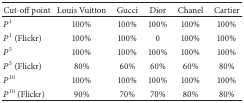
<table><thead><tr><td><b>Cut-off point</b></td><td><b>Louis Vuitton</b></td><td><b>Gucci</b></td><td><b>Dior</b></td><td><b>Chanel</b></td><td><b>Cartier</b></td></tr></thead><tbody><tr><td><i>P</i><sup>1</sup></td><td>100%</td><td>100%</td><td>100%</td><td>100%</td><td>100%</td></tr><tr><td><i>P</i><sup>1</sup> (Flickr)</td><td>100%</td><td>100%</td><td>0</td><td>100%</td><td>100%</td></tr><tr><td><i>P</i><sup>5</sup></td><td>100%</td><td>100%</td><td>100%</td><td>100%</td><td>100%</td></tr><tr><td><i>P</i><sup>5</sup> (Flickr)</td><td>80%</td><td>60%</td><td>60%</td><td>60%</td><td>80%</td></tr><tr><td><i>P</i><sup>10</sup></td><td>100%</td><td>100%</td><td>100%</td><td>100%</td><td>100%</td></tr><tr><td><i>P</i><sup>10</sup> (Flickr)</td><td>90%</td><td>70%</td><td>70%</td><td>80%</td><td>80%</td></tr></tbody></table>